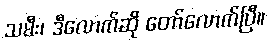
သမီး၊ ဒီလောက်ဆို တော်လောက်ပြီ။